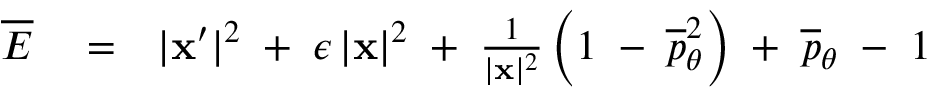
\begin{array} { r l r } { \overline { { \cal E } } } & { { } = } & { | { \bf x } ^ { \prime } | ^ { 2 } \; + \; \epsilon \, | { \bf x } | ^ { 2 } \; + \; \frac { 1 } { | { \bf x } | ^ { 2 } } \left( 1 \; - \frac { } { } \overline { { p } } _ { \theta } ^ { 2 } \right) \; + \; \overline { { p } } _ { \theta } \; - \; 1 } \end{array}